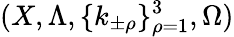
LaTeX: (X,\Lambda,\{ k_{\pm\rho}\} _{\rho=1}^{3},\Omega)